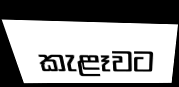
කැළෑවට